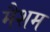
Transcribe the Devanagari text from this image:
मैशम